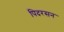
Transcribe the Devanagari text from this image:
पिदरसन